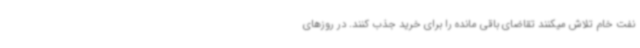
نفت خام تلاش میکنند تقاضای باقی مانده را برای خرید جذب کنند. در روزهای